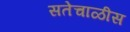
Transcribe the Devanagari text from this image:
सतेचाळीस